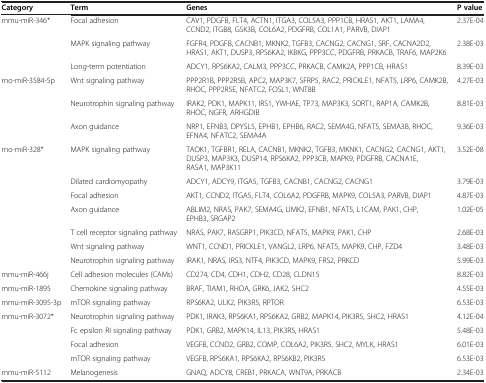
<table><thead><tr><td><b>Category</b></td><td><b>Term</b></td><td><b>Genes</b></td><td><b>P value</b></td></tr></thead><tbody><tr><td rowspan="3">mmu-miR-346*</td><td>Focal adhesion</td><td>CAV1, PDGFB, FLT4, ACTN1, ITGA3, COL5A3, PPP1CB, HRAS1, AKT1, LAMA4, CCND2, ITGB8, GSK3B, COL6A2, PDGFRB, COL1A1, PARVB, DIAP1</td><td>2.37E-04</td></tr><tr><td>MAPK signaling pathway</td><td>FGFR4, PDGFB, CACNB1, MKNK2, TGFB3, CACNG2, CACNG1, SRF, CACNA2D2, HRAS1, AKT1, DUSP3, RPS6KA2, IKBKG, PPP3CC, PDGFRB, PRKACB, TRAF6, MAP2K6</td><td>2.38E-03</td></tr><tr><td>Long-term potentiation</td><td>ADCY1, RPS6KA2, CALM3, PPP3CC, PRKACB, CAMK2A, PPP1CB, HRAS1</td><td>8.39E-03</td></tr><tr><td rowspan="3">rno-miR-3584-5p</td><td>Wnt signaling pathway</td><td>PPP2R1B, PPP2R5B, APC2, MAP3K7, SFRP5, RAC2, PRICKLE1, NFAT5, LRP6, CAMK2B, RHOC, PPP2R5E, NFATC2, FOSL1, WNT8B</td><td>4.27E-03</td></tr><tr><td>Neurotrophin signaling pathway</td><td>IRAK2, PDK1, MAPK11, IRS1, YWHAE, TP73, MAP3K3, SORT1, RAP1A, CAMK2B, RHOC, NGFR, ARHGDIB</td><td>8.81E-03</td></tr><tr><td>Axon guidance</td><td>NRP1, EFNB3, DPYSL5, EPHB1, EPHB6, RAC2, SEMA4G, NFAT5, SEMA3B, RHOC, EFNA4, NFATC2, SEMA4A</td><td>9.36E-03</td></tr><tr><td rowspan="7">rno-miR-328*</td><td>MAPK signaling pathway</td><td>TAOK1, TGFBR1, RELA, CACNB1, MKNK2, TGFB3, MKNK1, CACNG2, CACNG1, AKT1, DUSP3, MAP3K3, DUSP14, RPS6KA2, PPP3CB, MAPK9, PDGFRB, CACNA1E, RASA1, MAP3K11</td><td>3.52E-08</td></tr><tr><td>Dilated cardiomyopathy</td><td>ADCY1, ADCY9, ITGA5, TGFB3, CACNB1, CACNG2, CACNG1</td><td>3.79E-03</td></tr><tr><td>Focal adhesion</td><td>AKT1, CCND2, ITGA5, FLT4, COL6A2, PDGFRB, MAPK9, COL5A3, PARVB, DIAP1</td><td>4.87E-03</td></tr><tr><td>Axon guidance</td><td>ABLIM2, NRAS, PAK7, SEMA4G, LIMK2, EFNB1, NFAT5, L1CAM, PAK1, CHP, EPHB3, SRGAP2</td><td>1.02E-05</td></tr><tr><td>T cell receptor signaling pathway</td><td>NRAS, PAK7, RASGRP1, PIK3CD, NFAT5, MAPK9, PAK1, CHP</td><td>2.68E-03</td></tr><tr><td>Wnt signaling pathway</td><td>WNT1, CCND1, PRICKLE1, VANGL2, LRP6, NFAT5, MAPK9, CHP, FZD4</td><td>3.48E-03</td></tr><tr><td>Neurotrophin signaling pathway</td><td>IRAK1, NRAS, IRS3, NTF4, PIK3CD, MAPK9, FRS2, PRKCD</td><td>5.99E-03</td></tr><tr><td>mmu-miR-466j</td><td>Cell adhesion molecules (CAMs)</td><td>CD274, CD4, CDH1, CDH2, CD28, CLDN15</td><td>8.82E-03</td></tr><tr><td>mmu-miR-1895</td><td>Chemokine signaling pathway</td><td>BRAF, TIAM1, RHOA, GRK6, JAK2, SHC2</td><td>4.55E-03</td></tr><tr><td>mmu-miR-3095-3p</td><td>mTOR signaling pathway</td><td>RPS6KA2, ULK2, PIK3R5, RPTOR</td><td>6.53E-03</td></tr><tr><td rowspan="4">mmu-miR-3072*</td><td>Neurotrophin signaling pathway</td><td>PDK1, IRAK3, RPS6KA1, RPS6KA2, GRB2, MAPK14, PIK3R5, SHC2, HRAS1</td><td>4.12E-04</td></tr><tr><td>Fc epsilon RI signaling pathway</td><td>PDK1, GRB2, MAPK14, IL13, PIK3R5, HRAS1</td><td>5.48E-03</td></tr><tr><td>Focal adhesion</td><td>VEGFB, CCND2, GRB2, COMP, COL6A2, PIK3R5, SHC2, MYLK, HRAS1</td><td>6.01E-03</td></tr><tr><td>mTOR signaling pathway</td><td>VEGFB, RPS6KA1, RPS6KA2, RPS6KB2, PIK3R5</td><td>6.53E-03</td></tr><tr><td>mmu-miR-5112</td><td>Melanogenesis</td><td>GNAQ, ADCY8, CREB1, PRKACA, WNT9A, PRKACB</td><td>2.34E-03</td></tr></tbody></table>